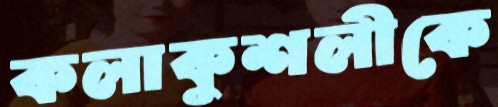
কলাকুশলীকে